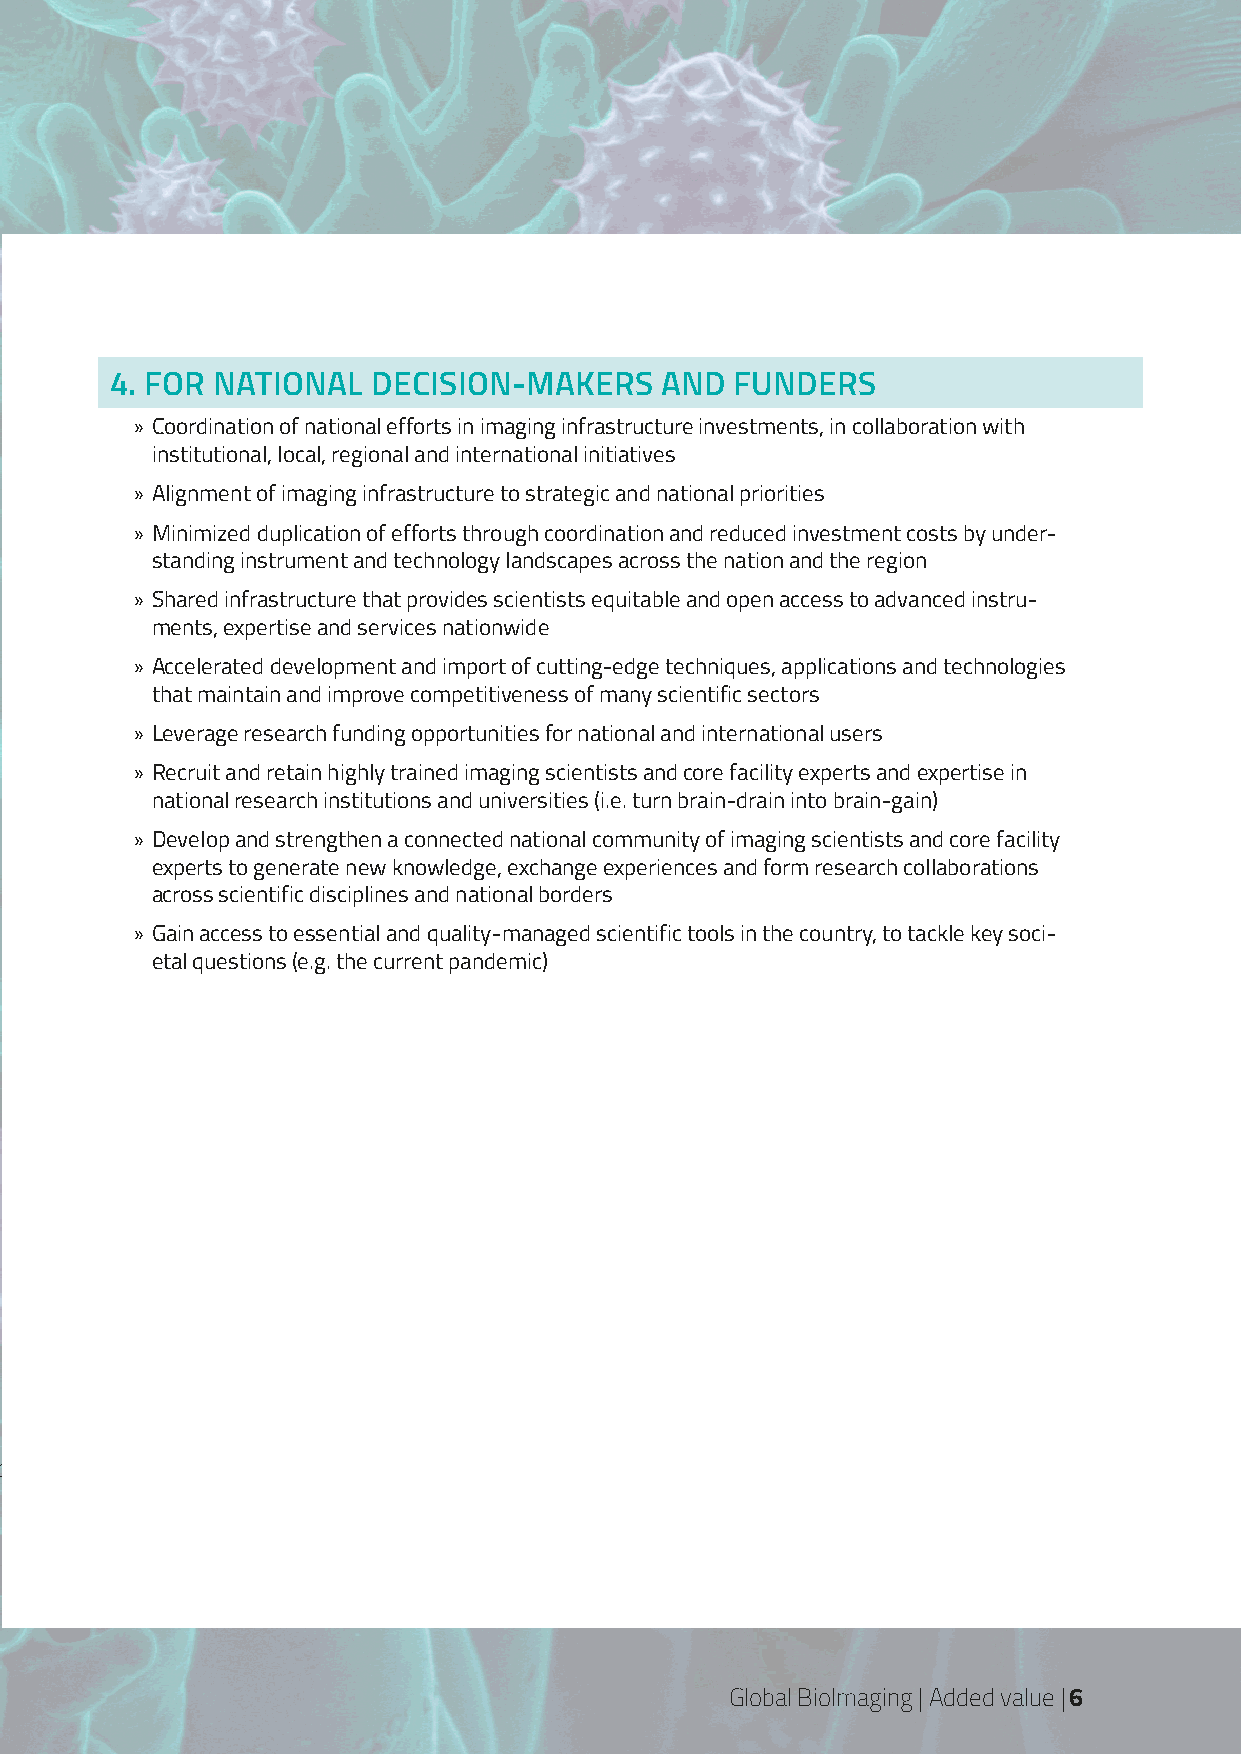
4. FOR NATIONAL   DECISION-MAKERS    AND  FUNDERS
 » Coordination of national efforts in imaging infrastructure investments, in collaboration with
 institutional, local, regional and international initiatives
 » Alignment of imaging infrastructure to strategic and national priorities
 » Minimized duplication of efforts through coordination and reduced investment costs by under-
 standing instrument and technology landscapes across the nation and the region
 » Shared infrastructure that provides scientists equitable and open access to advanced instru-
 ments, expertise and services nationwide
 » Accelerated development and import of cutting-edge techniques, applications and technologies
 that maintain and improve competitiveness of many scientific sectors
 » Leverage research funding opportunities for national and international users
 » Recruit and retain highly trained imaging scientists and core facility experts and expertise in
 national research institutions and universities (i.e. turn brain-drain into brain-gain)
 » Develop and strengthen a connected national community of imaging scientists and core facility
 experts to generate new knowledge, exchange experiences and form research collaborations
 across scientific disciplines and national borders
 » Gain access to essential and quality-managed scientific tools in the country, to tackle key soci-
 etal questions (e.g. the current pandemic)
 PB| Global Bioimaging | Impact
 Global BioImaging | Added value | 6